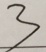
3